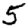
Digit: 5